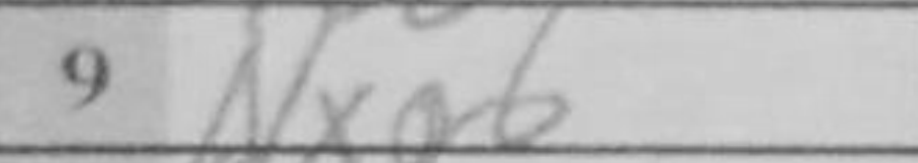
Transcription: Nxg6